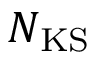
N _ { \mathrm { K S } }